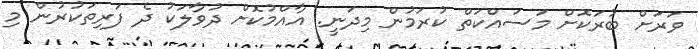
ވަރަށް ބުރަކޮށް މަސައްކަތް ކުރަމުން މިދަނީ. އާއްމުކޮށް ދުވާލަކު ދެ ފަރިތަކުރުން މި